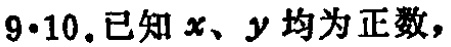
$9\cdot10.已知x、y均为正数,$